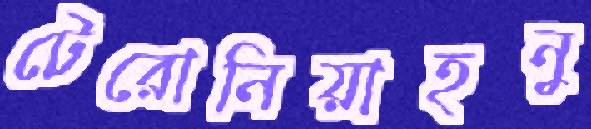
টেরোনিয়াহনু